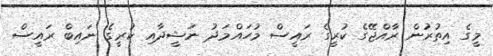
މީގެ އިތުރުން ރާއްޖޭގެ ކުރީގެ ރައީސް މުހައްމަދު ނަޝީދާއި ކުރީގެ ނައިބް ރައީސް